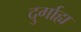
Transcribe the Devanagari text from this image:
दुर्गाह्य